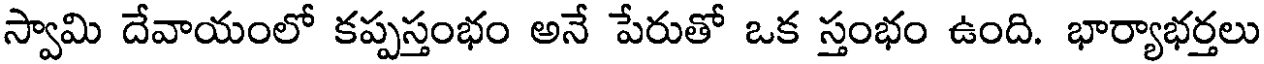
స్వామి దేవాయంలో కప్పస్తంభం అనే పేరుతో ఒక స్తంభం ఉంది. భార్యాభర్తలు